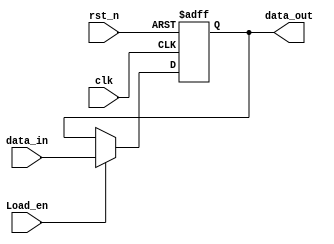
//Nuevo modulo simplificado para el PC y demas registros simples de carga 
//sincrona

module SyncLoadRegEn #
(
	parameter BUS_WIDTH = 32
)
(
	input clk,
	input rst_n,
	input Load_en,
	input [(BUS_WIDTH-1):0] data_in,
	output [(BUS_WIDTH-1):0] data_out	
);
reg [(BUS_WIDTH-1):0]Data;
initial begin
	Data = {BUS_WIDTH{1'b0}};
end

always @(negedge clk or negedge rst_n) begin
	if(!rst_n) begin
		Data <= {BUS_WIDTH{1'b0}}; //reset
	end else if(Load_en == 1'b1) begin
		Data <= data_in;
	end
end
assign data_out = Data;
endmodule //SyncLoadReg